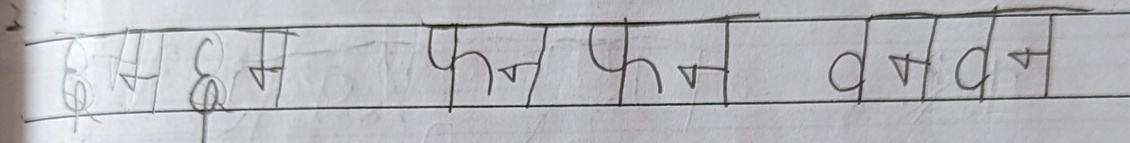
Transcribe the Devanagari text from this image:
घर घर फन फन वन वन